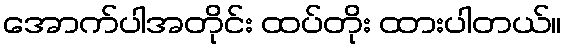
အောက်ပါအတိုင်း ထပ်တိုး ထားပါတယ်။